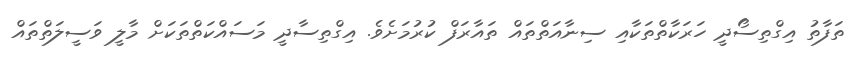
ތަފާތު އިގްތިސޯދީ ހަރަކާތްތަކާއި ސިނާއަތްތައް ތައާރަފް ކުރުމަށެވެ. އިގްތިސާދީ މަސައްކަތްތަކަށް މާލީ ވަސީލަތްތައް